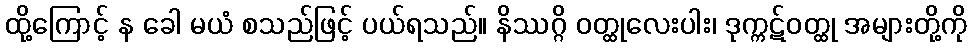
ထို့ကြောင့် န ခေါ မယံ စသည်ဖြင့် ပယ်ရသည်။ နိဿဂ္ဂိ ဝတ္ထုလေးပါး၊ ဒုက္ကဋ်ဝတ္ထု အများတို့ကို